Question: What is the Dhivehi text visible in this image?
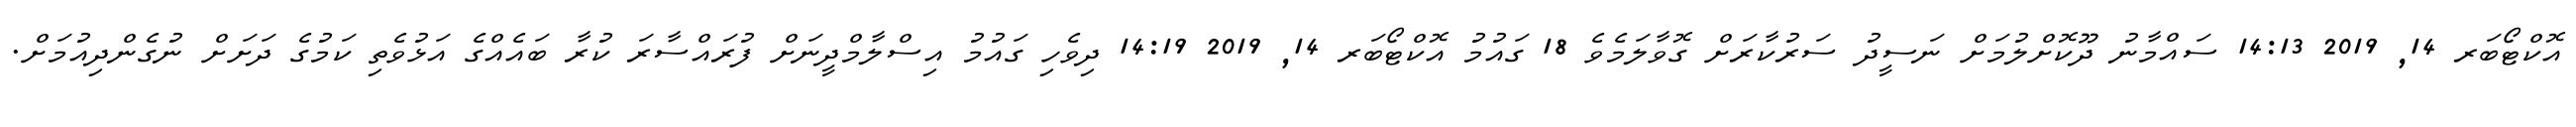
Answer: އޮކްޓޯބަރ 14, 2019 14:13 ސައްމާނު ދޫކޮށްލުމަށް ނަސީދު ސަރުކާރަށް ގޮވާލަމެވެ 18 ގައުމު އޮކްޓޯބަރ 14, 2019 14:19 ދިވެހި ގައުމު އިސްލާމްދީނަށް ފުރައްސާރަ ކުރާ ބައެއްގެ އަޅުވެތި ކަމުގެ ދަށަށް ނުގެންދިއުމަށް.